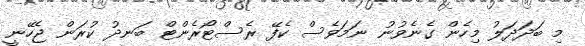
މި ބަދަދަލު މިހެން ގެނެވުނު ނަމަވެސް ކެފޭ ރެސްޓޯރެންޓް ބަނދު ކުރަން ޖެހޭނީ